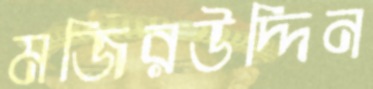
মজিরউদ্দিন